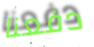
دفعنا